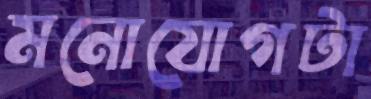
মনোযোগটা